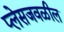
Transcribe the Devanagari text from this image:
प्लेसजवळील